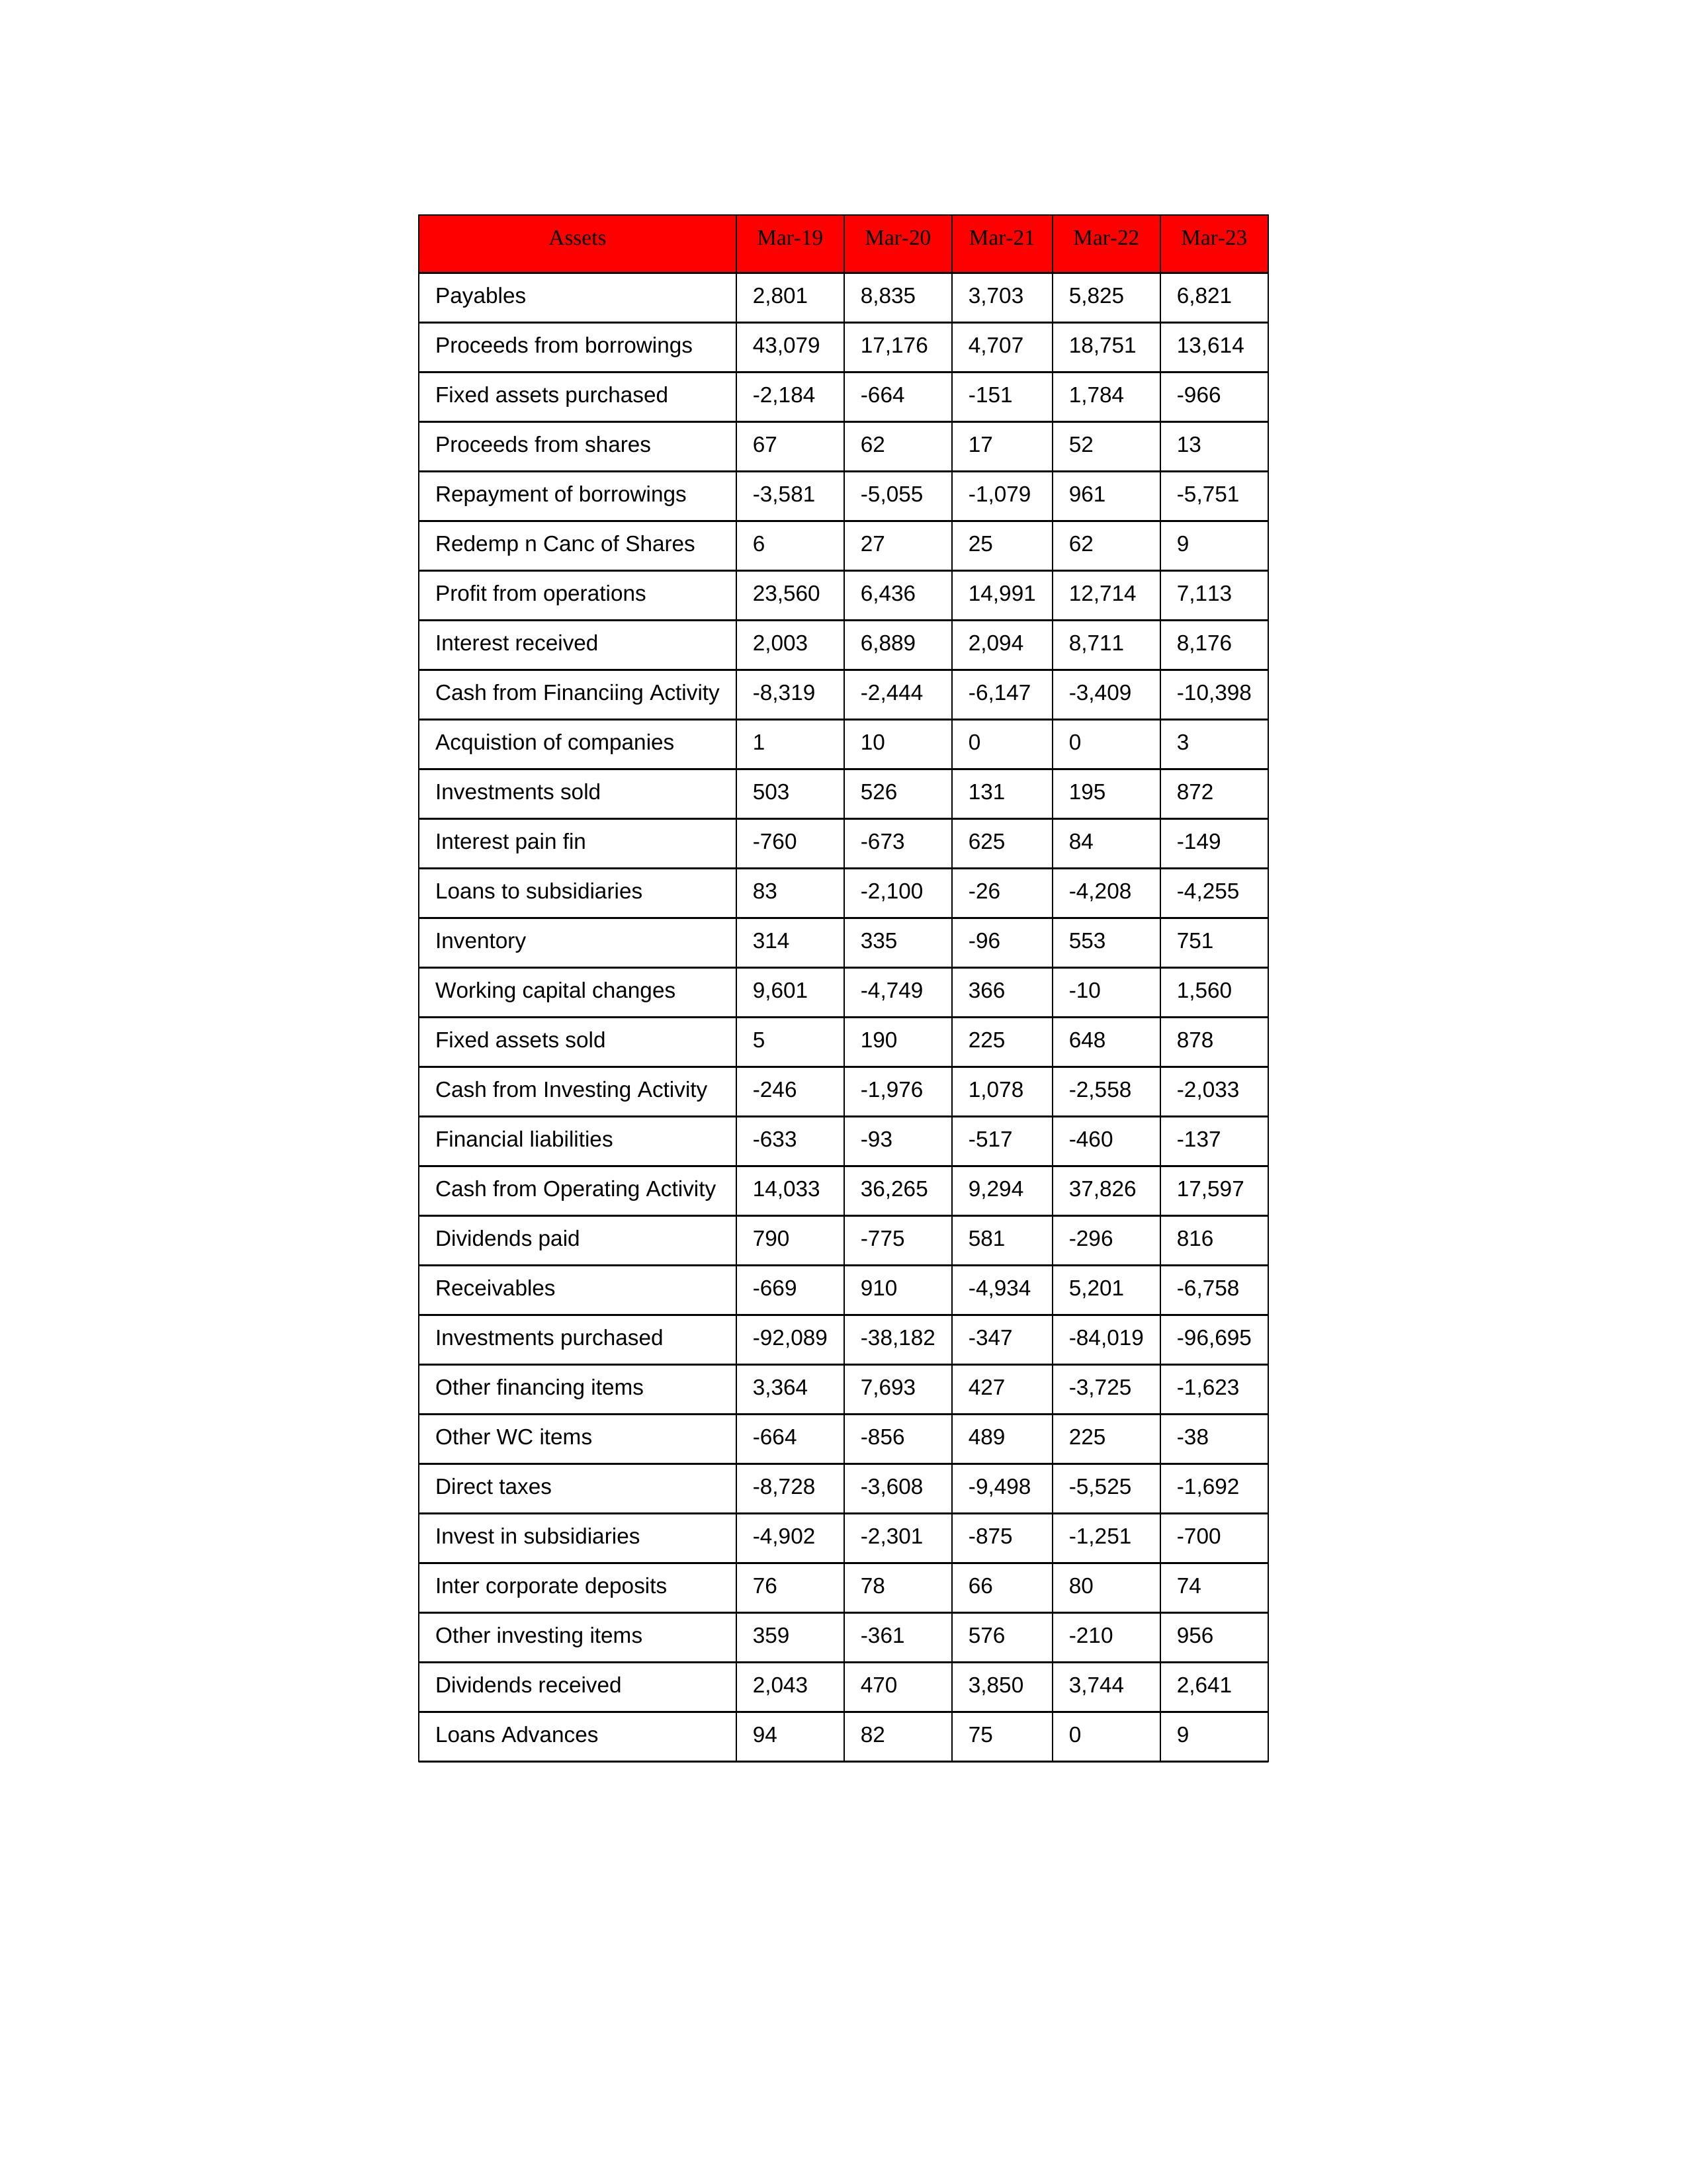
gt_parse: Mar-19: Cash from Operating Activity: 14,033
Profit from operations: 23,560
Receivables: -669
Inventory: 314
Payables: 2,801
Loans Advances: 94
Other WC items: -664
Working capital changes: 9,601
Direct taxes: -8,728
Cash from Investing Activity: -246
Fixed assets purchased: -2,184
Fixed assets sold: 5
Investments purchased: -92,089
Investments sold: 503
Interest received: 2,003
Dividends received: 2,043
Invest in subsidiaries: -4,902
Loans to subsidiaries: 83
Redemp n Canc of Shares: 6
Acquistion of companies: 1
Inter corporate deposits: 76
Other investing items: 359
Cash from Financiing Activity: -8,319
Proceeds from shares: 67
Proceeds from borrowings: 43,079
Repayment of borrowings: -3,581
Interest pain fin: -760
Dividends paid: 790
Financial liabilities: -633
Other financing items: 3,364
Mar-20: Cash from Operating Activity: 36,265
Profit from operations: 6,436
Receivables: 910
Inventory: 335
Payables: 8,835
Loans Advances: 82
Other WC items: -856
Working capital changes: -4,749
Direct taxes: -3,608
Cash from Investing Activity: -1,976
Fixed assets purchased: -664
Fixed assets sold: 190
Investments purchased: -38,182
Investments sold: 526
Interest received: 6,889
Dividends received: 470
Invest in subsidiaries: -2,301
Loans to subsidiaries: -2,100
Redemp n Canc of Shares: 27
Acquistion of companies: 10
Inter corporate deposits: 78
Other investing items: -361
Cash from Financiing Activity: -2,444
Proceeds from shares: 62
Proceeds from borrowings: 17,176
Repayment of borrowings: -5,055
Interest pain fin: -673
Dividends paid: -775
Financial liabilities: -93
Other financing items: 7,693
Mar-21: Cash from Operating Activity: 9,294
Profit from operations: 14,991
Receivables: -4,934
Inventory: -96
Payables: 3,703
Loans Advances: 75
Other WC items: 489
Working capital changes: 366
Direct taxes: -9,498
Cash from Investing Activity: 1,078
Fixed assets purchased: -151
Fixed assets sold: 225
Investments purchased: -347
Investments sold: 131
Interest received: 2,094
Dividends received: 3,850
Invest in subsidiaries: -875
Loans to subsidiaries: -26
Redemp n Canc of Shares: 25
Acquistion of companies: 0
Inter corporate deposits: 66
Other investing items: 576
Cash from Financiing Activity: -6,147
Proceeds from shares: 17
Proceeds from borrowings: 4,707
Repayment of borrowings: -1,079
Interest pain fin: 625
Dividends paid: 581
Financial liabilities: -517
Other financing items: 427
Mar-22: Cash from Operating Activity: 37,826
Profit from operations: 12,714
Receivables: 5,201
Inventory: 553
Payables: 5,825
Loans Advances: 0
Other WC items: 225
Working capital changes: -10
Direct taxes: -5,525
Cash from Investing Activity: -2,558
Fixed assets purchased: 1,784
Fixed assets sold: 648
Investments purchased: -84,019
Investments sold: 195
Interest received: 8,711
Dividends received: 3,744
Invest in subsidiaries: -1,251
Loans to subsidiaries: -4,208
Redemp n Canc of Shares: 62
Acquistion of companies: 0
Inter corporate deposits: 80
Other investing items: -210
Cash from Financiing Activity: -3,409
Proceeds from shares: 52
Proceeds from borrowings: 18,751
Repayment of borrowings: 961
Interest pain fin: 84
Dividends paid: -296
Financial liabilities: -460
Other financing items: -3,725
Mar-23: Cash from Operating Activity: 17,597
Profit from operations: 7,113
Receivables: -6,758
Inventory: 751
Payables: 6,821
Loans Advances: 9
Other WC items: -38
Working capital changes: 1,560
Direct taxes: -1,692
Cash from Investing Activity: -2,033
Fixed assets purchased: -966
Fixed assets sold: 878
Investments purchased: -96,695
Investments sold: 872
Interest received: 8,176
Dividends received: 2,641
Invest in subsidiaries: -700
Loans to subsidiaries: -4,255
Redemp n Canc of Shares: 9
Acquistion of companies: 3
Inter corporate deposits: 74
Other investing items: 956
Cash from Financiing Activity: -10,398
Proceeds from shares: 13
Proceeds from borrowings: 13,614
Repayment of borrowings: -5,751
Interest pain fin: -149
Dividends paid: 816
Financial liabilities: -137
Other financing items: -1,623